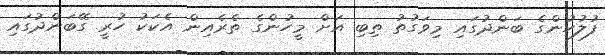
ފުލުހުންގެ ބަންދުގައި މިވަގުތު ތިބި އަށް މީހުންގެ ތެރެއިން އެކަކު ހުރީ ގޭބަންދުގައި